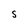
Character: S